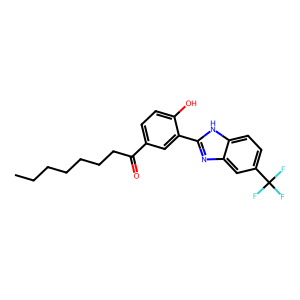
SMILES: CCCCCCCC(=O)c1ccc(O)c(-c2nc3cc(C(F)(F)F)ccc3[nH]2)c1
Inhibits HIV replication: No